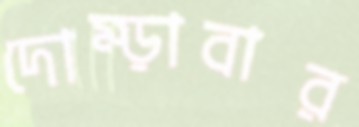
দোম্‌ড়াবার